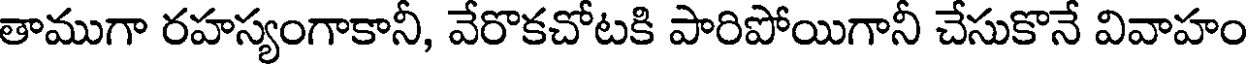
తాముగా రహస్యంగాకానీ, వేరొకచోటకి పారిపోయిగానీ చేసుకొనే వివాహం